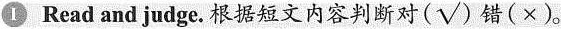
Ⅰ Read and judge.根据短文内容判断对(√)错(×)。